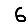
Digit: 6